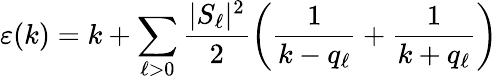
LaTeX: \varepsilon(k)=k+\sum_{\ell>0}\frac{|S_{\ell}|^{2}}{2}\left(\frac{1}{k-q_{\ell}}+\frac{1}{k+q_{\ell}}\right)